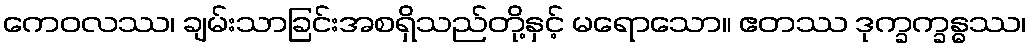
ကေဝလဿ၊ ချမ်းသာခြင်းအစရှိသည်တို့နှင့် မရောသော။ ဧတဿ ဒုက္ခက္ခန္ဓဿ၊